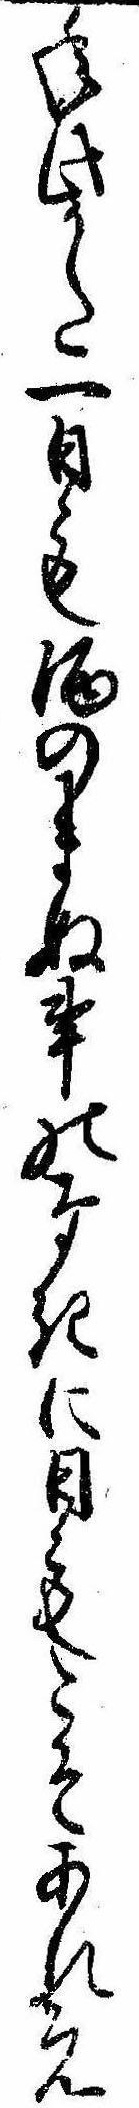
年此かた一日も酒のまぬ事のなきに日もこそあれ元